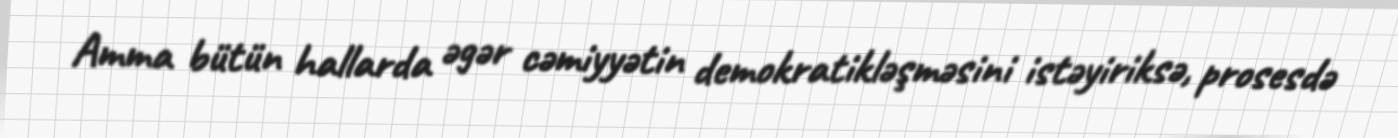
Amma bütün hallarda əgər cəmiyyətin demokratikləşməsini istəyiriksə, prosesdə